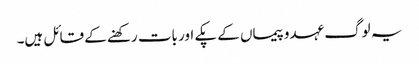
یہ لوگ عہدوپیماں کے پکے اور بات رکھنے کے قائل ہیں۔